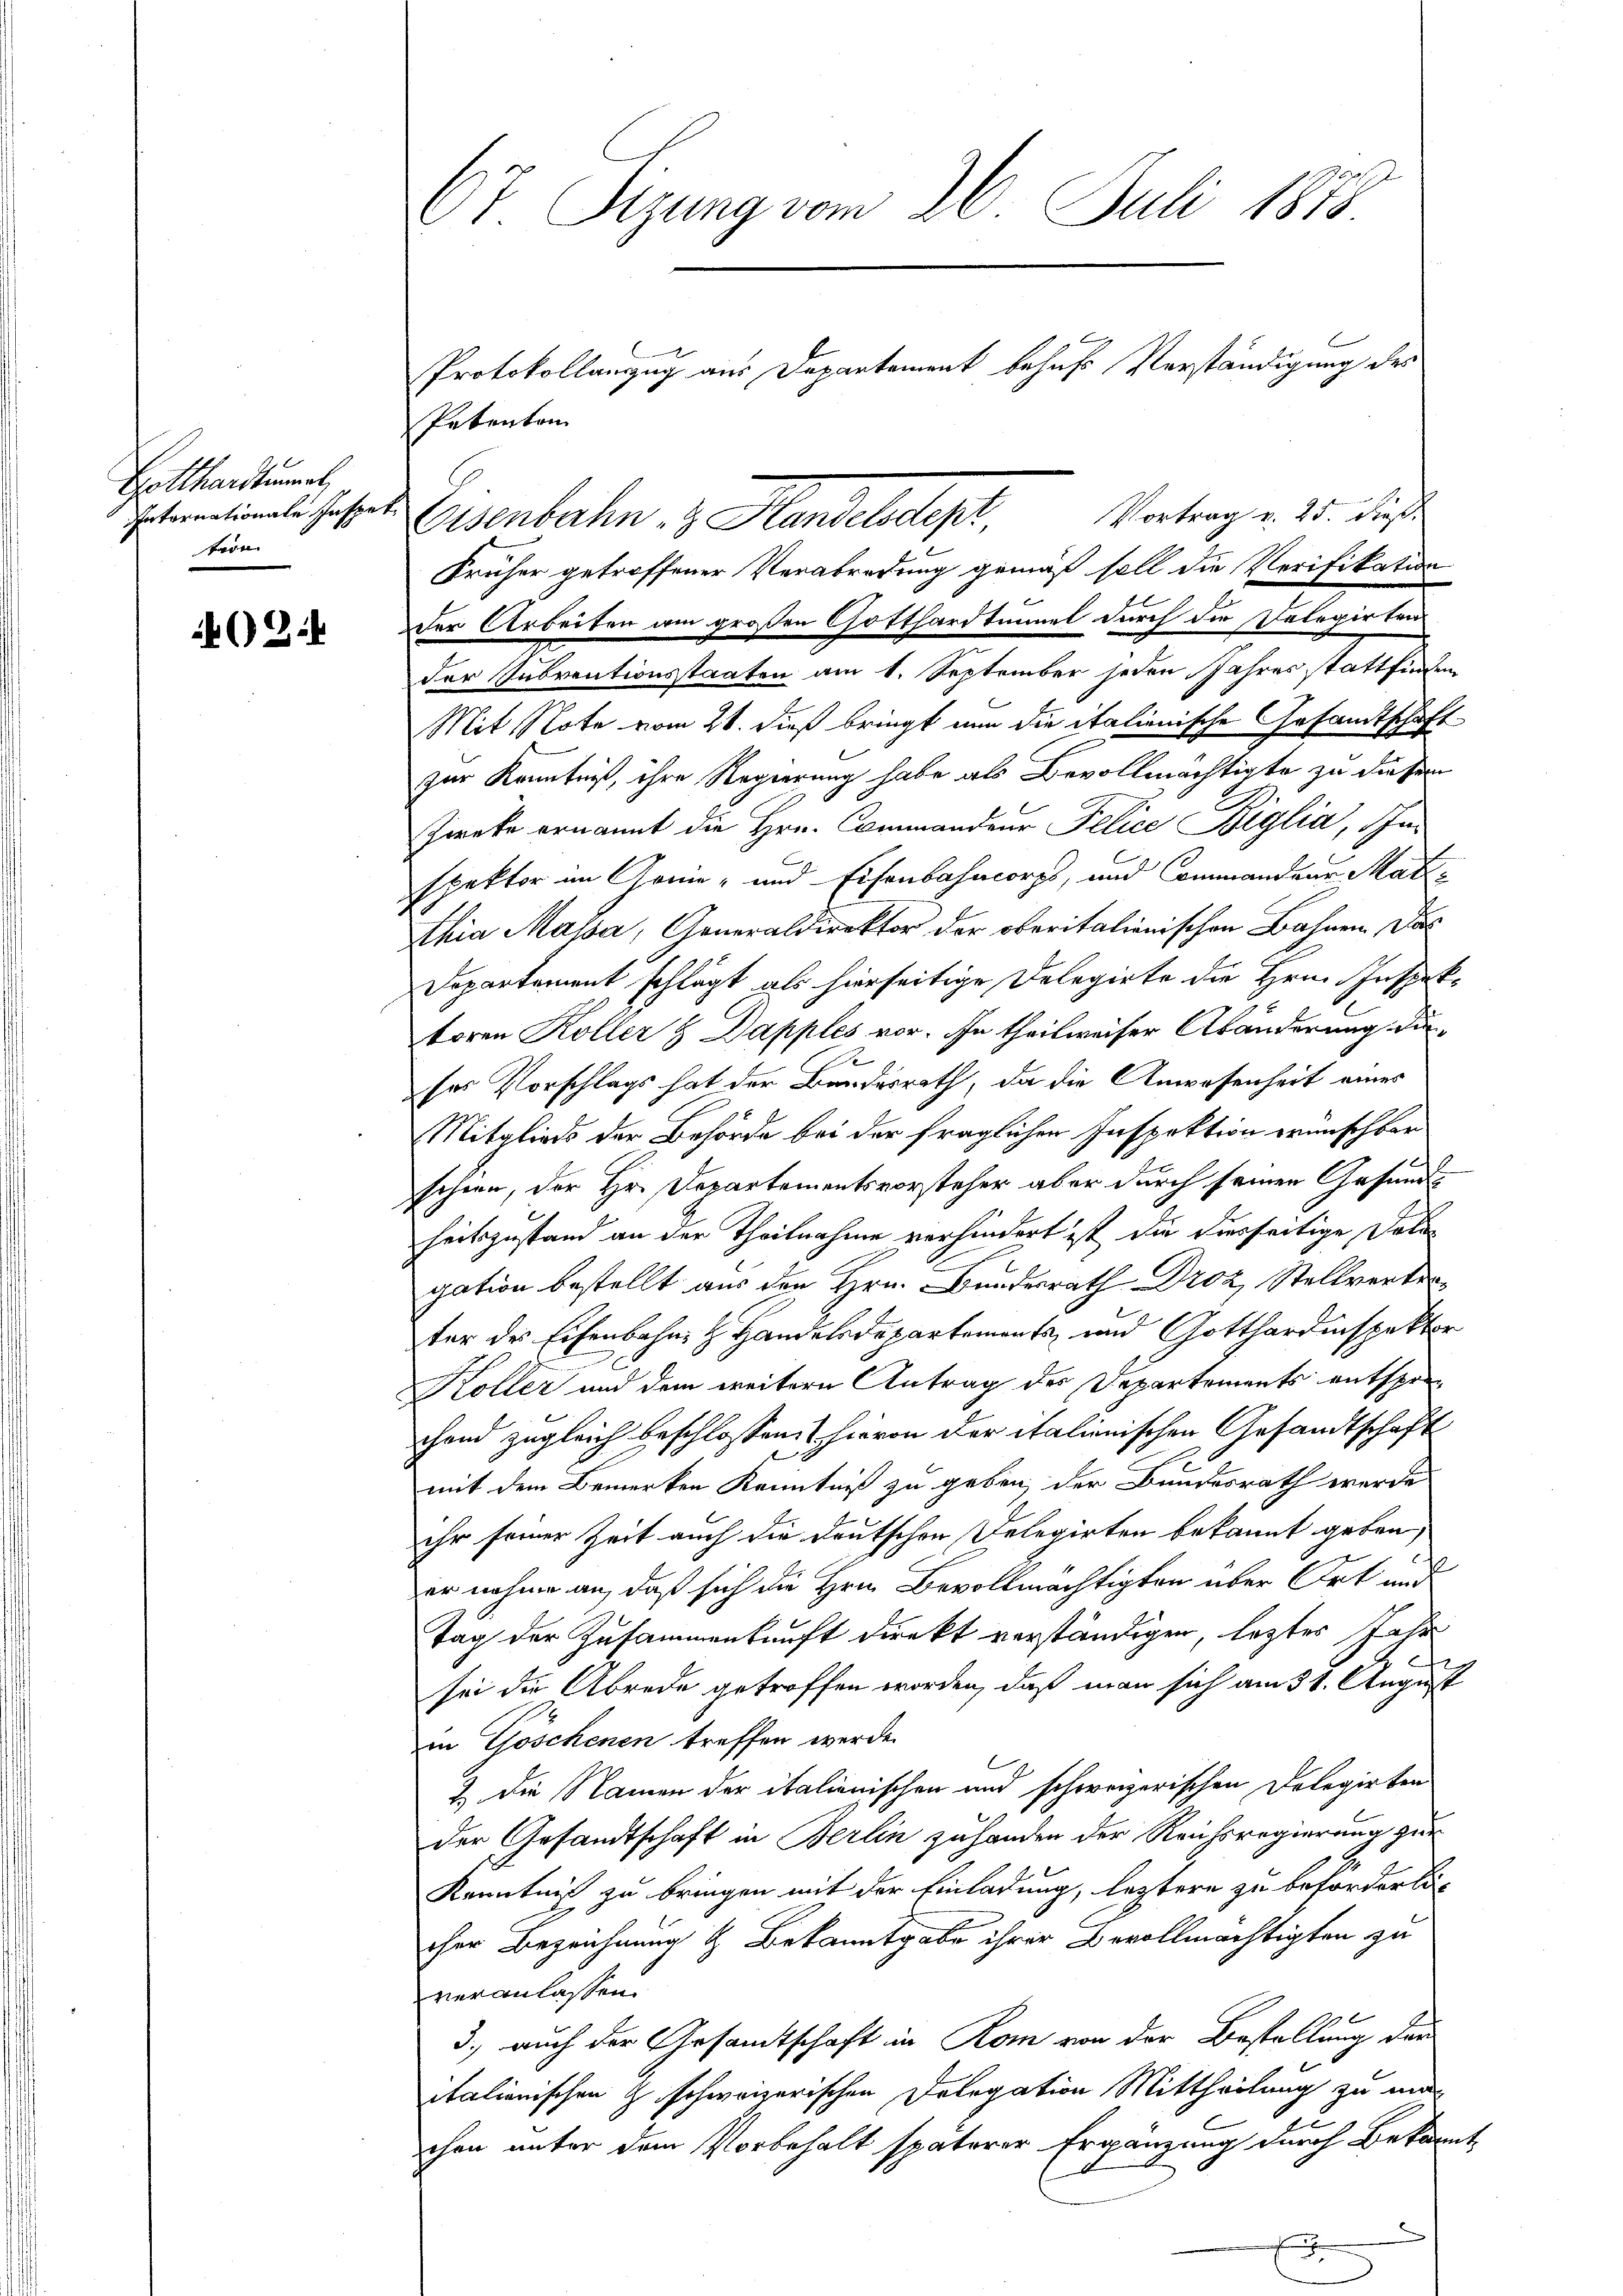
Gotthardtrat
Internationale Jasper
trie |

2:1

67 Sizung vom 26. Juli 1878.
Protokollanzug aus Departement behufs Verständigung des
Petenten

Früher getroffener Verabredung gemäß soll die Verifikation
der Arbeiten am großen Gotthardtunnel durch die Delegirten
der Subventionsstaaten am 1. September jeden Jahres stattfinden
Mit Note vom 21. dieß bringt nun die italienische Gesandtschaft
zur Kenntniß, ihre Regierung habe als Bevollmächtigte zu diesem
Zweke ernannt die Hrn. Commandeur Felice Biglia, Inspektor im Grun- und Eisenbahncorps, und Commandeur Matthia Massa, Generaldirektor der oberitalienischen Bahnen. Das
Departement schlägt als hierseitige Delegirte die Hrn. Inspektoren Koller & Dapples vor. In theilweiser Abänderung durses Vorschlags hat der Bundesrath, da die Anwesenheit eines
Mitglieds der Behörde bei der fraglichen Inspektion wünschbar
schien, der Hr. Departementsvorsteher aber durch seinen Gesund
heitszustand an der Theilnahme verhindert ist, die hierseitige Datagation bestellt aus den Hrn. Bundesrath Droz, Stellvertreter des Eisenbahn H. Handelsdepartements und Gotthardinspektor
Köller und dem weitern Antrag des Departements entsprechend zugleich beschlossen: hievon der italienischen Gesandtschaft
mit dem Bemerken Kenntniß zu geben, der Bundesrath werde
ihr seiner Zeit auch die deutschen Delegirten bekannt geben,
.
er nahme an, daß sich die Hrn. Bevollmächtigten über Ort und
Tag der Zusammenkunft direkt verständigen, leztes Jahr
sei die Abrede getroffen worden, daß man sich am 31. August
in Göschenen treffen werde.
2) Die Namen der italienischen und schweizerischen Delegirten
der Gesandtschaft in Berlin zuhanden der Reichsregierung zur
Kenntniß zu bringen mit der Einladung, letztere zu beförderten
cher Bezeichnung & Bekanntgabe ihrer Bevollmächtigten zu
veranlassen.
3. auch der Gesandtschaft in Rom von der Bestellung der
italienischen Z. schweizerischen Dolegation Mittheilung zu machen unter dem Vorbehalt späterer Ergänzung durch Bekannt
x

Eisenbahn & Handlehept Vortrag u. 15. des